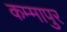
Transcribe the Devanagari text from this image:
कम्मापुर